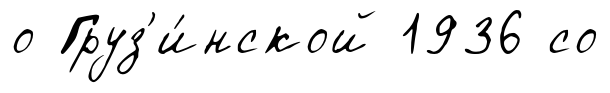
о Груз'и́нской 1936 со